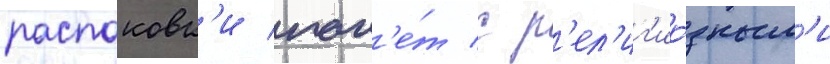
распаковк'и пак'е́т с р'ел'иг'ио́зным'и